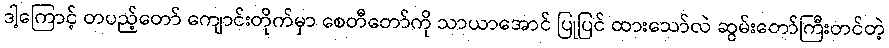
ဒါ့ကြောင့် တပည့်တော် ကျောင်းတိုက်မှာ စေတီတော်ကို သာယာအောင် ပြုပြင် ထားသော်လဲ ဆွမ်းတော်ကြီးတင်တဲ့